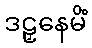
ဒဠှနေမိံ